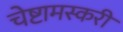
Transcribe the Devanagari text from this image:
चेष्टामस्करी